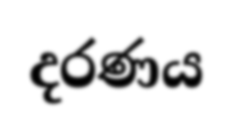
දරණය